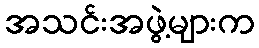
အသင်းအဖွဲ့များက